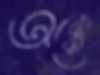
অক্কে